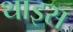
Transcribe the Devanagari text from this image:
थाइस